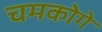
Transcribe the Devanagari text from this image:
चमकोगे